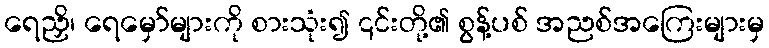
ရေညှိ၊ ရေမှော်များကို စားသုံး၍ ၎င်းတို့၏ စွန့်ပစ် အညစ်အကြေးများမှ